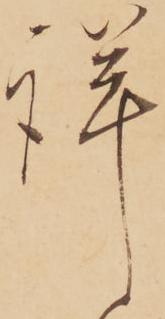
詳